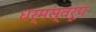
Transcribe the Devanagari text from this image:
धर्मस्वरूप